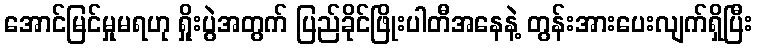
အောင်မြင်မှုမရဟု ရှိုးပွဲအတွက် ပြည်ခိုင်ဖြိုးပါတီအနေနဲ့ တွန်းအားပေးလျက်ရှိပြီး